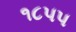
૧૮૫૫